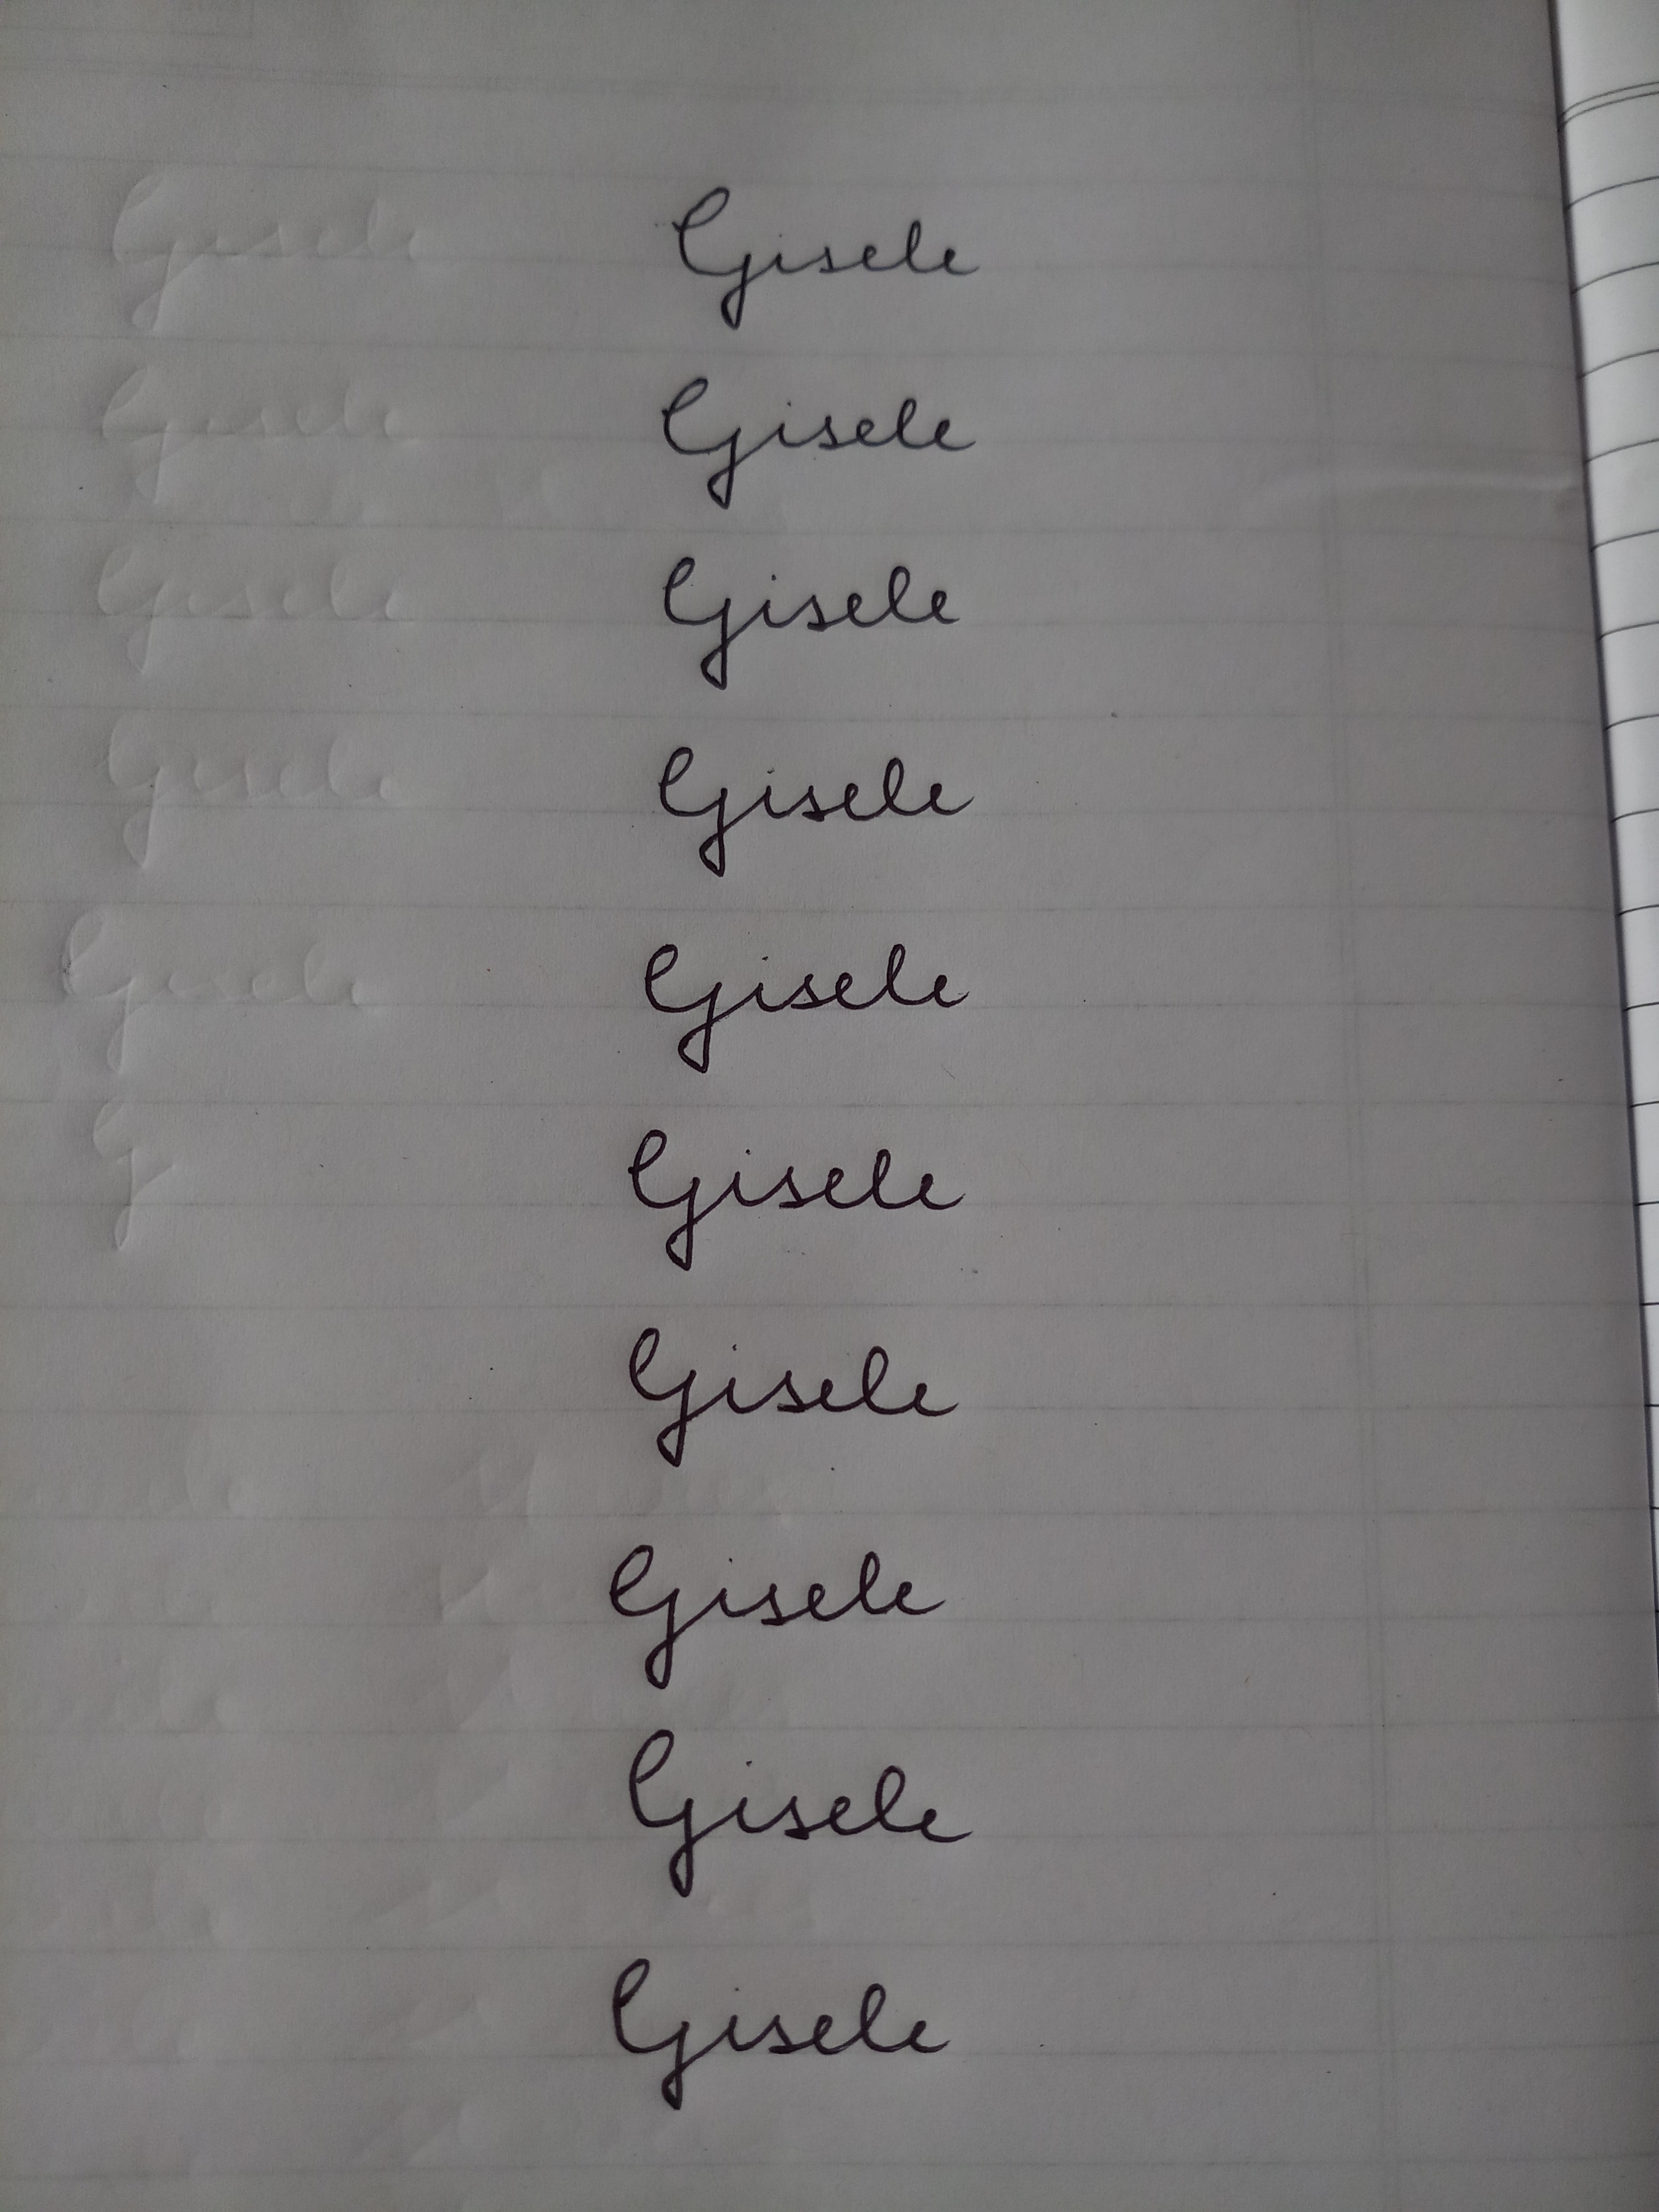
Signature authenticity: forged